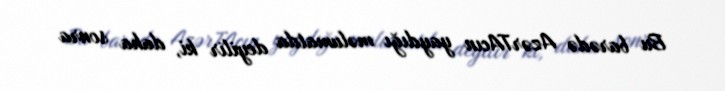
Bu barədə AzərTAcın yaydığı məlumatda deyilir ki, daha sonra